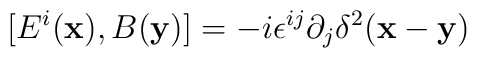
[E^{i}({\bf x}),B({\bf y})] = -i \epsilon^{ij}\partial_j \delta^2 ({\bf x}-{\bf y})